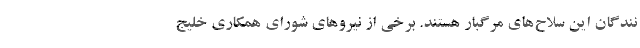
نندگان این سلاح‌های مرگبار هستند. برخی از نیروهای شورای همکاری خلیج